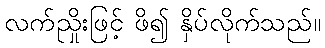
လက်ညှိုးဖြင့် ဖိ၍ နှိပ်လိုက်သည်။